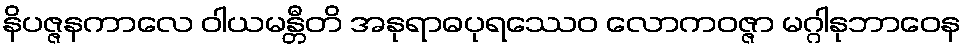
နိပဇ္ဇနကာလေ ဝါယမန္တီတိ အနုရာဓပုရဿေဝ လောကဝဇ္ဇာ မဂ္ဂါနုဘာဝေန